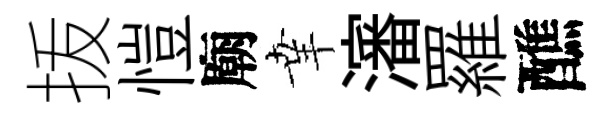
㧞愷廟𦍒瀋羅醮